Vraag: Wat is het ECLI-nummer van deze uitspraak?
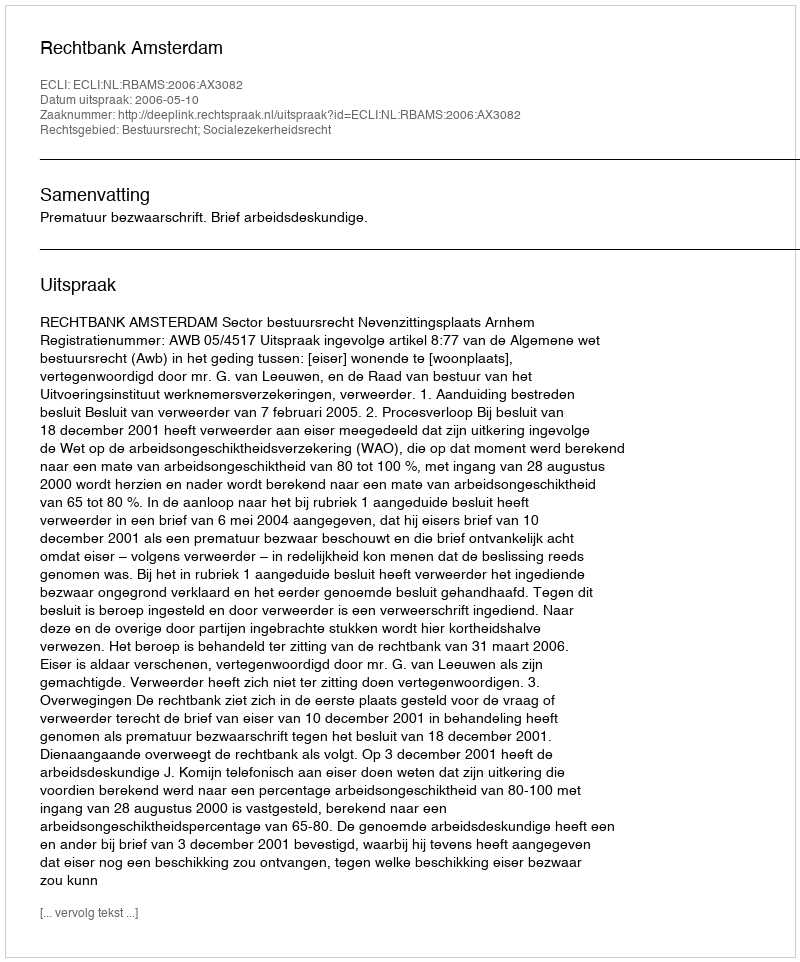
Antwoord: ECLI:NL:RBAMS:2006:AX3082